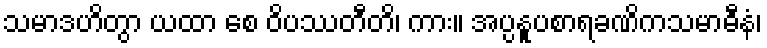
သမာဒဟိတွာ ယထာ စေ ဝိပဿတီတိ၊ ကား။ အပ္ပနူပစာရခဏိကသမာဓီနံ၊